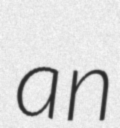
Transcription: an